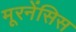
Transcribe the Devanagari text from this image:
मूरनेंसिस